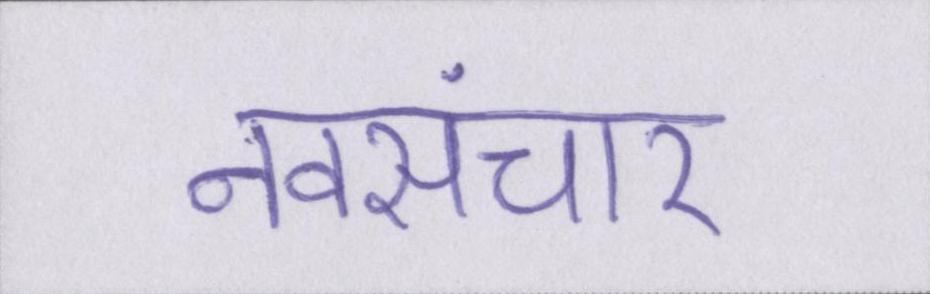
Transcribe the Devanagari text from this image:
नवसंचार